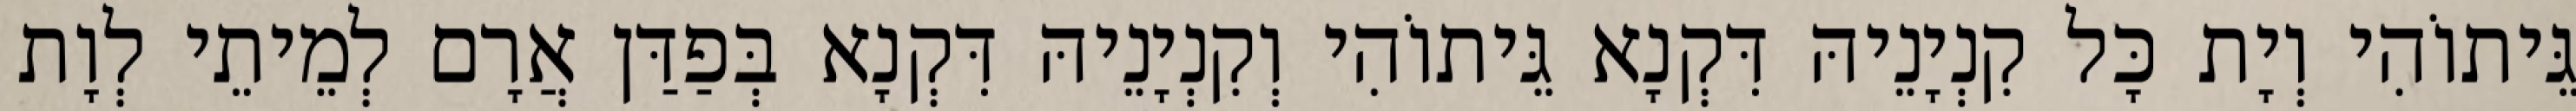
גֵּיתוֹהִי וְיָת כָּל קִנְיָנֵיהּ דִּקְנָא גֵּיתוֹהִי וְקִנְיָנֵיהּ דִּקְנָא בְּפַדַּן אֲרָם לְמֵיתֵי לְוָת